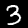
Digit: 3